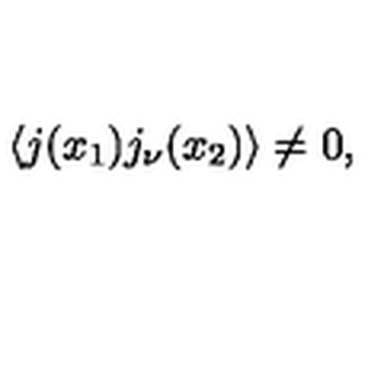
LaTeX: \langle j ( x _ { 1 } ) j _ { \nu } ( x _ { 2 } ) \rangle \ne 0 ,